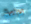
براءة